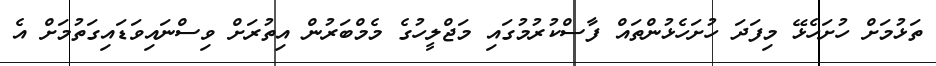
ތަޅުމަށް ހުށަހެޅޭ މިފަދަ ހުށަހެޅުންތައް ފާސްކުރުމުގައި މަޖްލީހުގެ މެމްބަރުން އިތުރަށް ވިސްނައިވަޑައިގަތުމަށް އެ